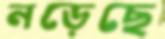
নড়েছে